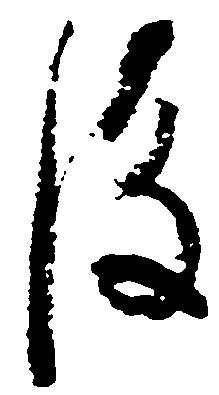
後